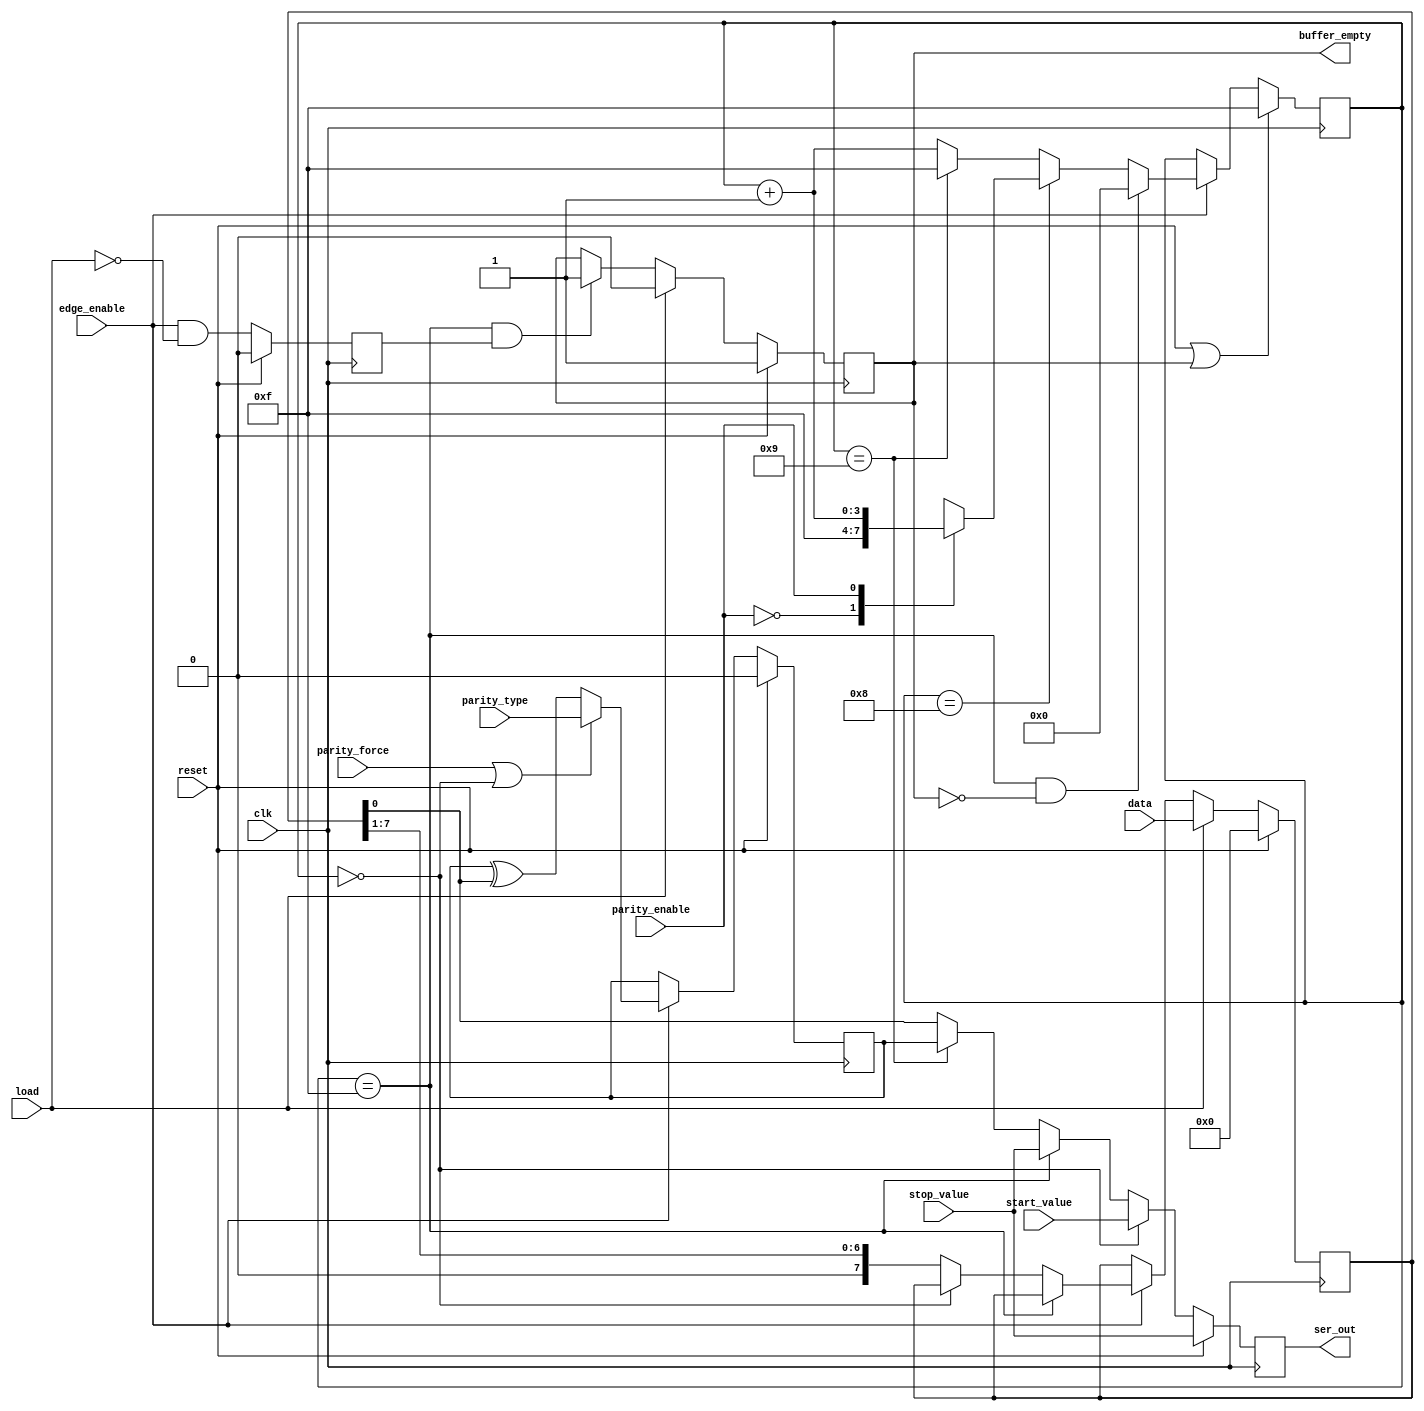
module 
cde_serial_xmit
#(parameter   WIDTH=8,   // Number of data bits
  parameter   SIZE=4     // binary size of shift_cnt, must be able to hold  WIDTH + 4 states       
 )  


(
input  wire              clk,
input  wire              reset,
input  wire              edge_enable,                 // one pulse per bit time for data rate timing
input  wire              parity_enable,               // 0 = no parity bit sent, 1= parity bit sent
input  wire              parity_type,                 // 0= odd,1=even
input  wire              parity_force,                // force parity_type
input  wire              load,                        // start transmiting data
input  wire              start_value,                 // value out at start bit time
input  wire              stop_value,                  // value out for stop bit also used for break
input  wire [WIDTH-1:0]  data,                        // data byte

output  reg              buffer_empty,                // ready for next byte
output  reg              ser_out                      // to pad_ring
                         );
   
reg [SIZE-1:0] 	         shift_cnt;
reg [WIDTH-1:0] 	 shift_buffer;
reg 	  	         parity_calc;
reg                      delayed_edge_enable;


//
//   shift_cnt controls the serial bit out
//  
//   0           Start bit  
//   1-> WIDTH   Data bit lsb first
//   WIDTH+1     Parity bit if enabled
//   2^SIZE-1    Last stop bit and idle
 
always@(posedge clk)
  if(reset || buffer_empty)                                        shift_cnt   <= {SIZE{1'b1}};
  else
  if(!edge_enable)                                                 shift_cnt   <= shift_cnt;
  else
  if(( shift_cnt ==  {SIZE{1'b1}}  ) &&  ! buffer_empty )          shift_cnt   <= {SIZE{1'b0}};
  else
  if ( shift_cnt == WIDTH)               
    case(parity_enable)        
      (1'b0):                                                      shift_cnt   <= {SIZE{1'b1}};
      (1'b1):                                                      shift_cnt   <= shift_cnt + 1'b1;
    endcase // case ({two_stop_enable,parity_enable})
  else
  if ( shift_cnt == (WIDTH+1))                                     shift_cnt   <= {SIZE{1'b1}};
  else                                                             shift_cnt   <= shift_cnt + 1'b1;

//
//    
//   Clear buffer_empty upon load pulse
//   set it back at the start of the final stop pulse
//   if load happens BEFORE the next edge_enable then data transfer will have no pauses 
//   logic ensures that having load happen on a edge_enable will work
//   
   
always@(posedge clk)
   if(reset)                                                       delayed_edge_enable <= 1'b0;
   else                                                            delayed_edge_enable <= edge_enable && ! load;

   
always@(posedge clk)
if(reset)                                                          buffer_empty <= 1'b1;
else
if(load)                                                           buffer_empty <= 1'b0;
else
if((shift_cnt == {SIZE{1'b1}}) && delayed_edge_enable)    
                                                                   buffer_empty <= 1'b1;
else                                                               buffer_empty <= buffer_empty;





//
//
//   load shift_buffer during start_bit
//   shift down every bit
//   
//   
always@(posedge clk)
  if(reset)                                                        shift_buffer <= {WIDTH{1'b0}};
  else
  if(load)                                                         shift_buffer <= data;
  else
  if(!edge_enable)                                                 shift_buffer <= shift_buffer;
  else
  if(shift_cnt == {SIZE{1'b1}})                                    shift_buffer <= shift_buffer;
  else
  if(shift_cnt == {SIZE{1'b0}})                                    shift_buffer <= shift_buffer;
  else                                                             shift_buffer <= {1'b0,shift_buffer[WIDTH-1:1]};






//
//
//   calculate parity on the fly
//   seed reg with 0 for odd and 1 for even
//   force reg to 0 or 1 if needed  
//   
always@(posedge clk)
  if(reset)                                                        parity_calc <= 1'b0;
  else
  if(!edge_enable)                                                 parity_calc <= parity_calc;
  else
  if(parity_force || (shift_cnt == {SIZE{1'b0}}))                  parity_calc <= parity_type;
  else                                                             parity_calc <= parity_calc ^ shift_buffer[0];


//   send start_bit,data,parity and stop  based on shift_cnt
   

   always@(posedge clk)
     if(reset)                                                     ser_out <= stop_value;
     else
     if( shift_cnt == {SIZE{1'b0}} )                               ser_out <= start_value;
     else
     if( shift_cnt == {SIZE{1'b1}} )                               ser_out <= stop_value;
     else
     if( shift_cnt == ({SIZE{1'b1}}+1'b1) )                        ser_out <= stop_value;
     else
     if( shift_cnt == (WIDTH+1) )                                  ser_out <= parity_calc;
     else                                                          ser_out <= shift_buffer[0];
                
   
endmodule